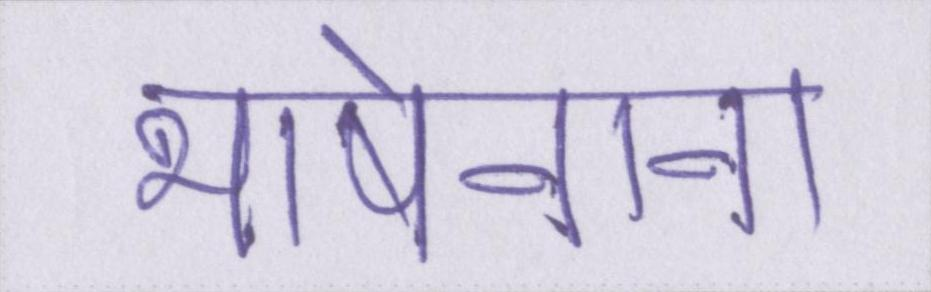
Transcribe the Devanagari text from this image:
भाषेनाना